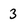
Character: 3